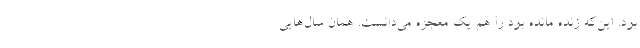
بود. این‌که زنده مانده بود را هم یک معجزه می‌دانست. همان‌ سال‌هایی